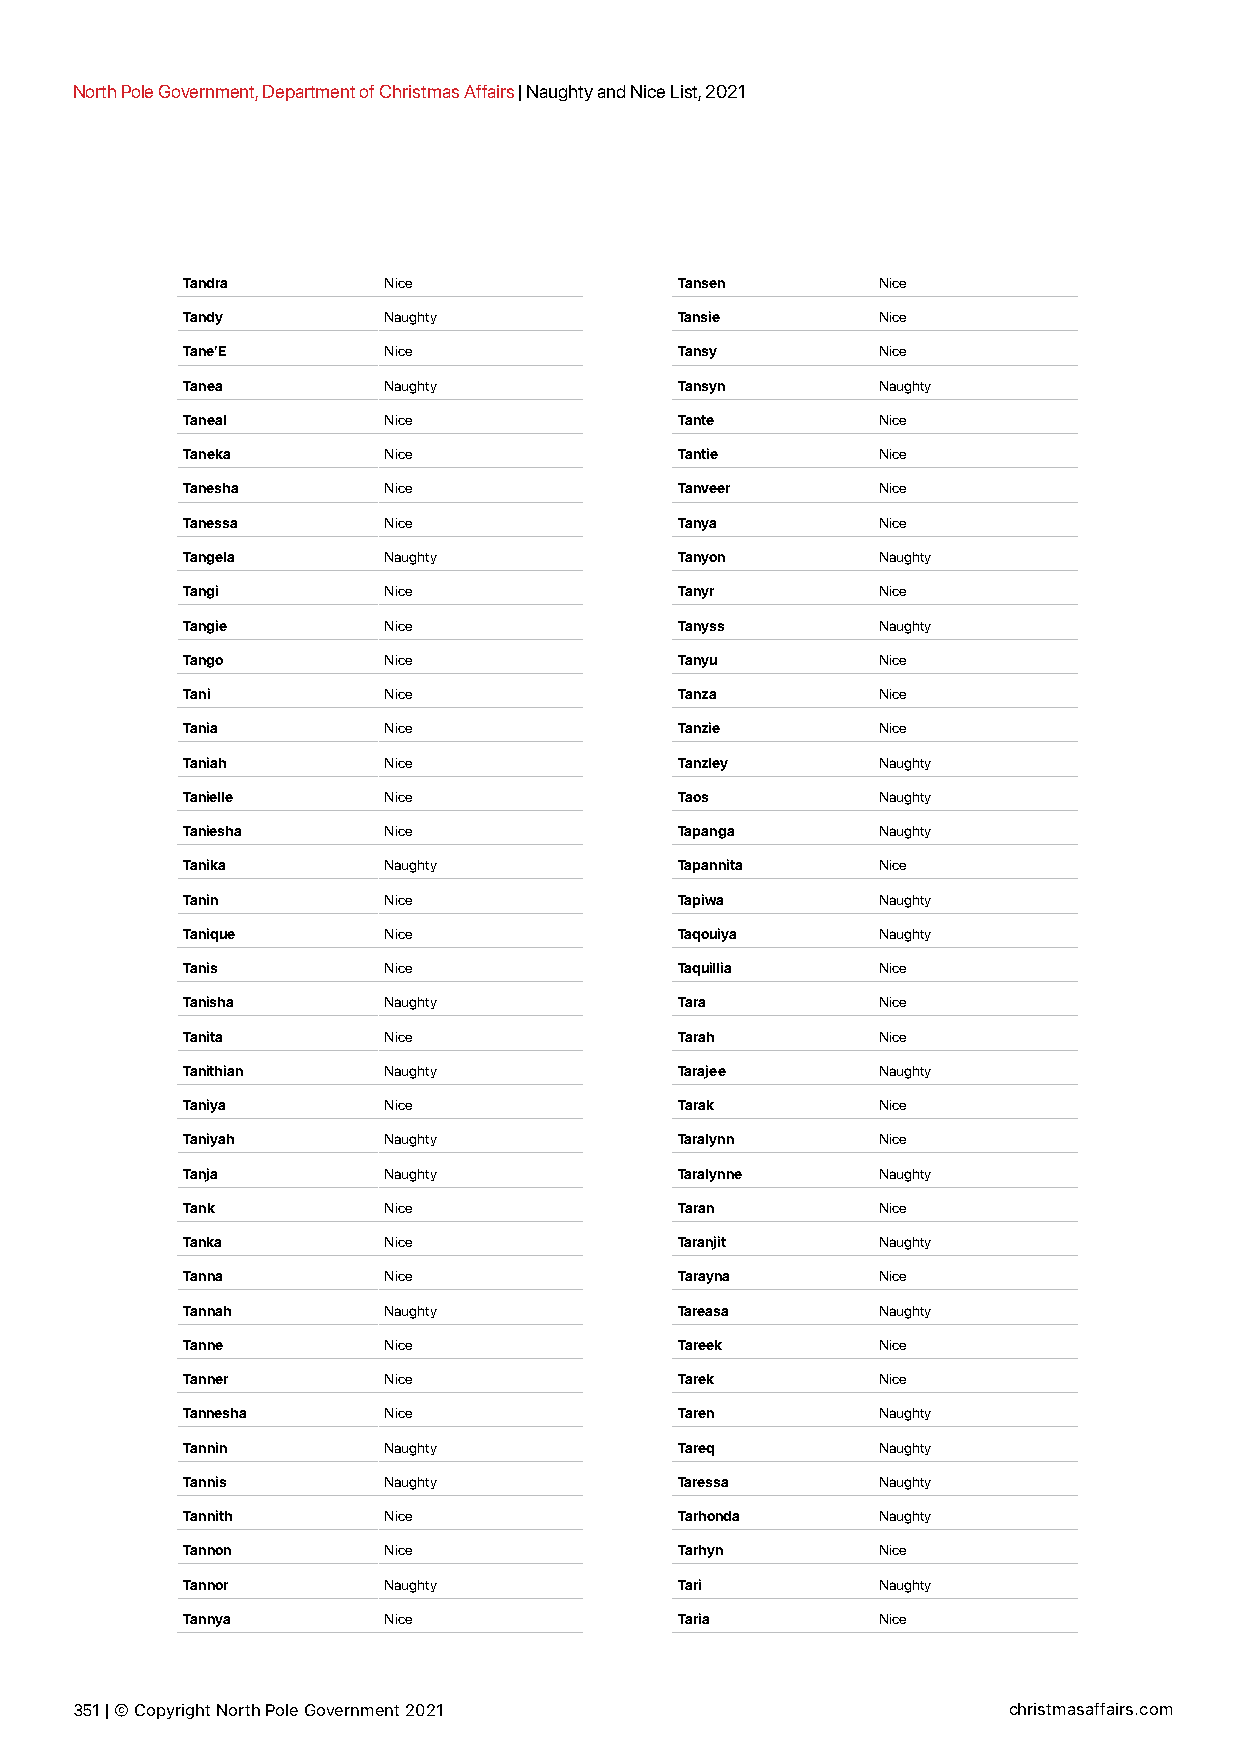
North Pole Government, Department of Christmas Affairs | Naughty and Nice List, 2021
 Tandra       Nice                Tansen       Nice
 Tandy        Naughty             Tansie       Nice
 Tane’E       Nice                Tansy        Nice
 Tanea        Naughty             Tansyn       Naughty
 Taneal       Nice                Tante        Nice
 Taneka       Nice                Tantie       Nice
 Tanesha      Nice                Tanveer      Nice
 Tanessa      Nice                Tanya        Nice
 Tangela      Naughty             Tanyon       Naughty
 Tangi        Nice                Tanyr        Nice
 Tangie       Nice                Tanyss       Naughty
 Tango        Nice                Tanyu        Nice
 Tani         Nice                Tanza        Nice
 Tania        Nice                Tanzie       Nice
 Taniah       Nice                Tanzley      Naughty
 Tanielle     Nice                Taos         Naughty
 Taniesha     Nice                Tapanga      Naughty
 Tanika       Naughty             Tapannita    Nice
 Tanin        Nice                Tapiwa       Naughty
 Tanique      Nice                Taqouiya     Naughty
 Tanis        Nice                Taquillia    Nice
 Tanisha      Naughty             Tara         Nice
 Tanita       Nice                Tarah        Nice
 Tanithian    Naughty             Tarajee      Naughty
 Taniya       Nice                Tarak        Nice
 Taniyah      Naughty             Taralynn     Nice
 Tanja        Naughty             Taralynne    Naughty
 Tank         Nice                Taran        Nice
 Tanka        Nice                Taranjit     Naughty
 Tanna        Nice                Tarayna      Nice
 Tannah       Naughty             Tareasa      Naughty
 Tanne        Nice                Tareek       Nice
 Tanner       Nice                Tarek        Nice
 Tannesha     Nice                Taren        Naughty
 Tannin       Naughty             Tareq        Naughty
 Tannis       Naughty             Taressa      Naughty
 Tannith      Nice                Tarhonda     Naughty
 Tannon       Nice                Tarhyn       Nice
 Tannor       Naughty             Tari         Naughty
 Tannya       Nice                Taria        Nice
 351 | © Copyright North Pole Government 2021                  christmasaffairs.com